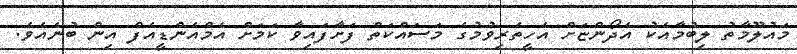
މައުލޫމާތު ލިބުމާއެކު އެދޯންޏަށް އެހީތެރިވުމުގެ މަސައްކަތް ފަށާފައިވާ ކަމަށް އެމްއެންޑީއެފް އިން ބުނެއެވެ.